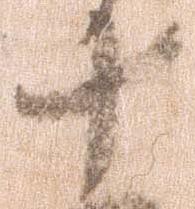
十